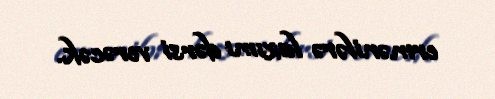
ermənilərə lazımı dərsi verəcək.